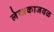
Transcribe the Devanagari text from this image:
लेखकाजवळ